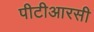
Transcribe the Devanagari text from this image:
पीटीआरसी